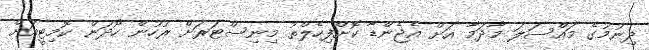
ދިނުމުގެ މައްސަލަ މާދަމާ އަށް އެޖެންޑާ ކޮށްފިހެލްތު މިނިސްޓަރަށް ރުހުން ހޯދަން ކޮމިޓީއަށް